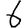
Digit: 6